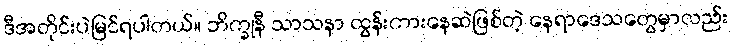
ဒီအတိုင်းပဲမြင်ရပါတယ်။ ဘိက္ခုနီ သာသနာ ထွန်းကားနေဆဲဖြစ်တဲ့ နေရာဒေသတွေမှာလည်း